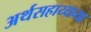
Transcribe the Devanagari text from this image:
अर्थसहाय्यच्या